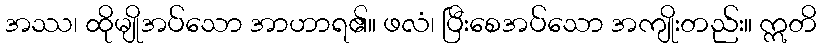
အဿ၊ ထိုမျိုအပ်သော အာဟာရ၏။ ဖလံ၊ ပြီးစေအပ်သော အကျိုးတည်း။ ဣတိ